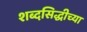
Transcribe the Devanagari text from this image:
शब्दसिद्धीच्या